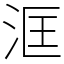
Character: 洭